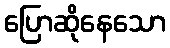
ပြောဆိုနေသော